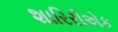
શારિરીએક